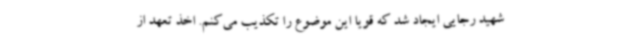
شهید رجایی ایجاد شد که قویاً این موضوع را تکذیب می‌کنم. اخذ تعهد از